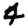
Digit: 4